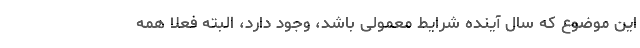
این موضوع که سال آینده شرایط معمولی باشد، وجود دارد، البته فعلا همه